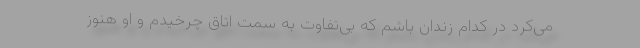
می‌کرد در کدام زندان باشم که بی‌تفاوت به سمت اتاق چرخیدم و او هنوز